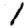
Digit: 1